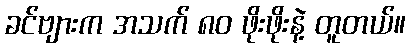
ခင်ဗျားက အသက် ၈၀ ဖိုးဖိုးနဲ့ တူတယ်။